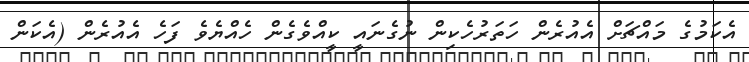
އެކަމުގެ މައްޗަށް އެއުރެން ހަތަރުހެކިން ނުގެނައީ ކީއްވެގެން ހެއްޔެވެ ފަހެ އެއުރެން (އެކަން